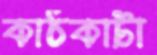
কাঠকাটা